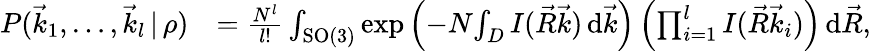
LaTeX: \begin{array}{rl}{P(\vec{k}_{1},\dots,\vec{k}_{l}\, |\, \rho)}&{=\frac{N^{l}}{l!}\int_{\mathrm{SO}(3)}\exp\left(-N\! \int_{D}I(\vec{R}\vec{k})\, \mathrm d\vec{k}\right)\left(\prod_{i=1}^{l}I(\vec{R}\vec{k}_{i})\right)\, \mathrm d\vec{R},}\end{array}